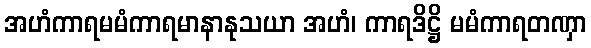
အဟံကာရမမံကာရမာနာနုသယာ အဟံ၊ ကာရဒိဋ္ဌိ မမံကာရတဏှာ